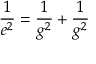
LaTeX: \frac { 1 } { e ^ { 2 } } = \frac { 1 } { g ^ { 2 } } + \frac { 1 } { g ^ { 2 } }